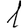
Digit: 1